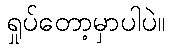
ရှုပ်တော့မှာပါပဲ။